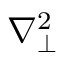
\nabla _ { \perp } ^ { 2 }